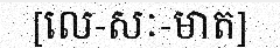
[លេ-សៈ-មាត]